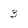
Character: 3